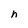
Character: n